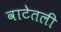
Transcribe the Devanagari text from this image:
वाटेतली